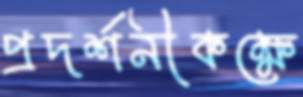
প্রদর্শনীকক্ষে